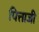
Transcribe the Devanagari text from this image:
पित्ताजी